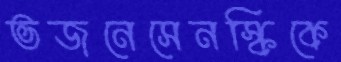
ভজনেসেনস্কিকে